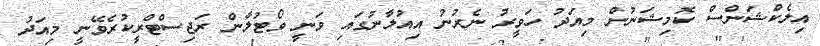
އިލެކްޝަންސް ކޮމިޝަނުން މިއަދު ހަވީރު ނެރުނު އިއުލާނުގައި ވަނީ ވޯޓުލާން ރަޖިސްޓްރީކުރެވޭނީ މިއަދު